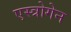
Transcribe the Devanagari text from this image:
एस्त्रोगेन